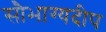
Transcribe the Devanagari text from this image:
सौभाग्यदीप